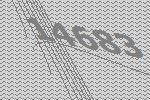
14683